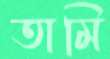
তামি